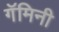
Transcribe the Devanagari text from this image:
गॅमिनी